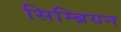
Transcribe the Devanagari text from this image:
सिम्ब्रियन